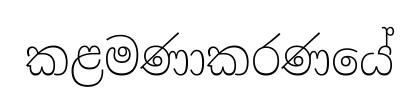
කළමණාකරණයේ